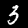
Digit: 3